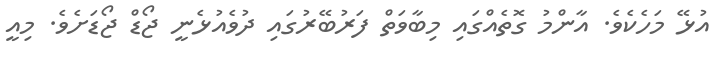
އުޅޭ މަހެކެވެ. އާންމު ގޮތެއްގައި މިބާވަތް ފަރުބޭރުގައި ދުވެއުޅެނީ ޖޯޑް ޖޯޑަށެވެ. މިއީ